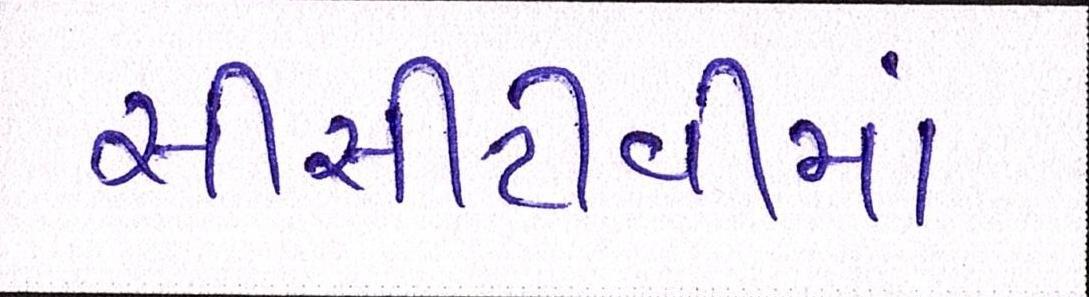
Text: સીસીટીવીમાં